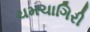
ચમચાગિરી